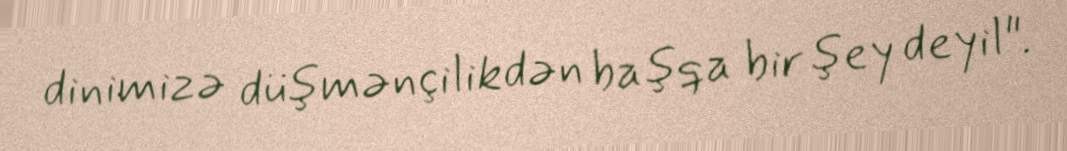
dinimizə düşmənçilikdən başqa bir şey deyil".